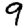
Digit: 9